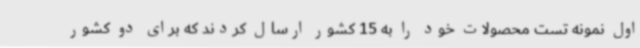
اول نمونه تست محصولات خود را به 15 کشور ارسال کردند که برای دو کشور